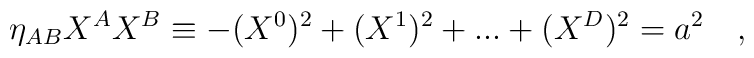
\eta_{AB}X^{A}X^{B}\equiv -(X^{0})^{2} +(X^{1})^{2} + ... +(X^{D})^{2} = a^{2}\quad ,